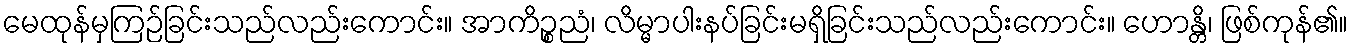
မေထုန်မှကြဉ်ခြင်းသည်လည်းကောင်း။ အာကိဉ္စညံ၊ လိမ္မာပါးနပ်ခြင်းမရှိခြင်းသည်လည်းကောင်း။ ဟောန္တိ၊ ဖြစ်ကုန်၏။